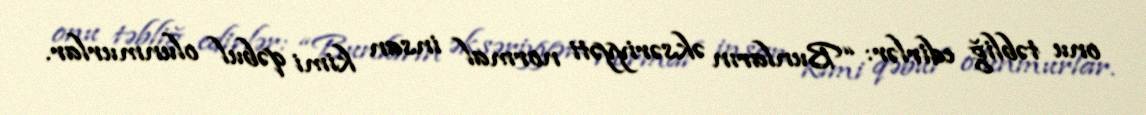
onu təbliğ edirlər: “Bunların əksəriyyəti normal insan kimi qəbul olunmurlar.